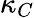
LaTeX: \kappa_{C}